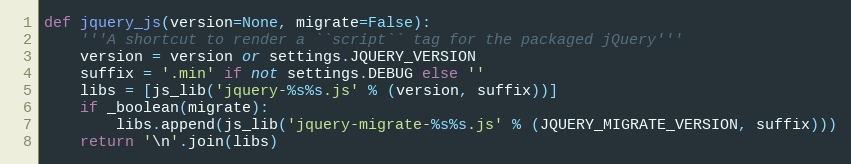
Language: Python
def jquery_js(version=None, migrate=False):
    '''A shortcut to render a ``script`` tag for the packaged jQuery'''
    version = version or settings.JQUERY_VERSION
    suffix = '.min' if not settings.DEBUG else ''
    libs = [js_lib('jquery-%s%s.js' % (version, suffix))]
    if _boolean(migrate):
        libs.append(js_lib('jquery-migrate-%s%s.js' % (JQUERY_MIGRATE_VERSION, suffix)))
    return '\n'.join(libs)